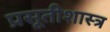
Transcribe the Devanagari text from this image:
प्रसूतीशास्त्र